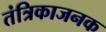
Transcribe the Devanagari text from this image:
तंत्रिकाजनक